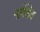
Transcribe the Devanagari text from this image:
मांर्केडेय